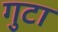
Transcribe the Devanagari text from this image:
गुटा